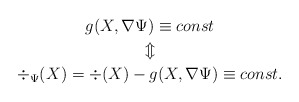
\begin{gather*}g(X,\nabla \Psi) \equiv const\\\Updownarrow\\\div_\Psi(X)=\div(X)-g(X,\nabla \Psi)\equiv const.\end{gather*}